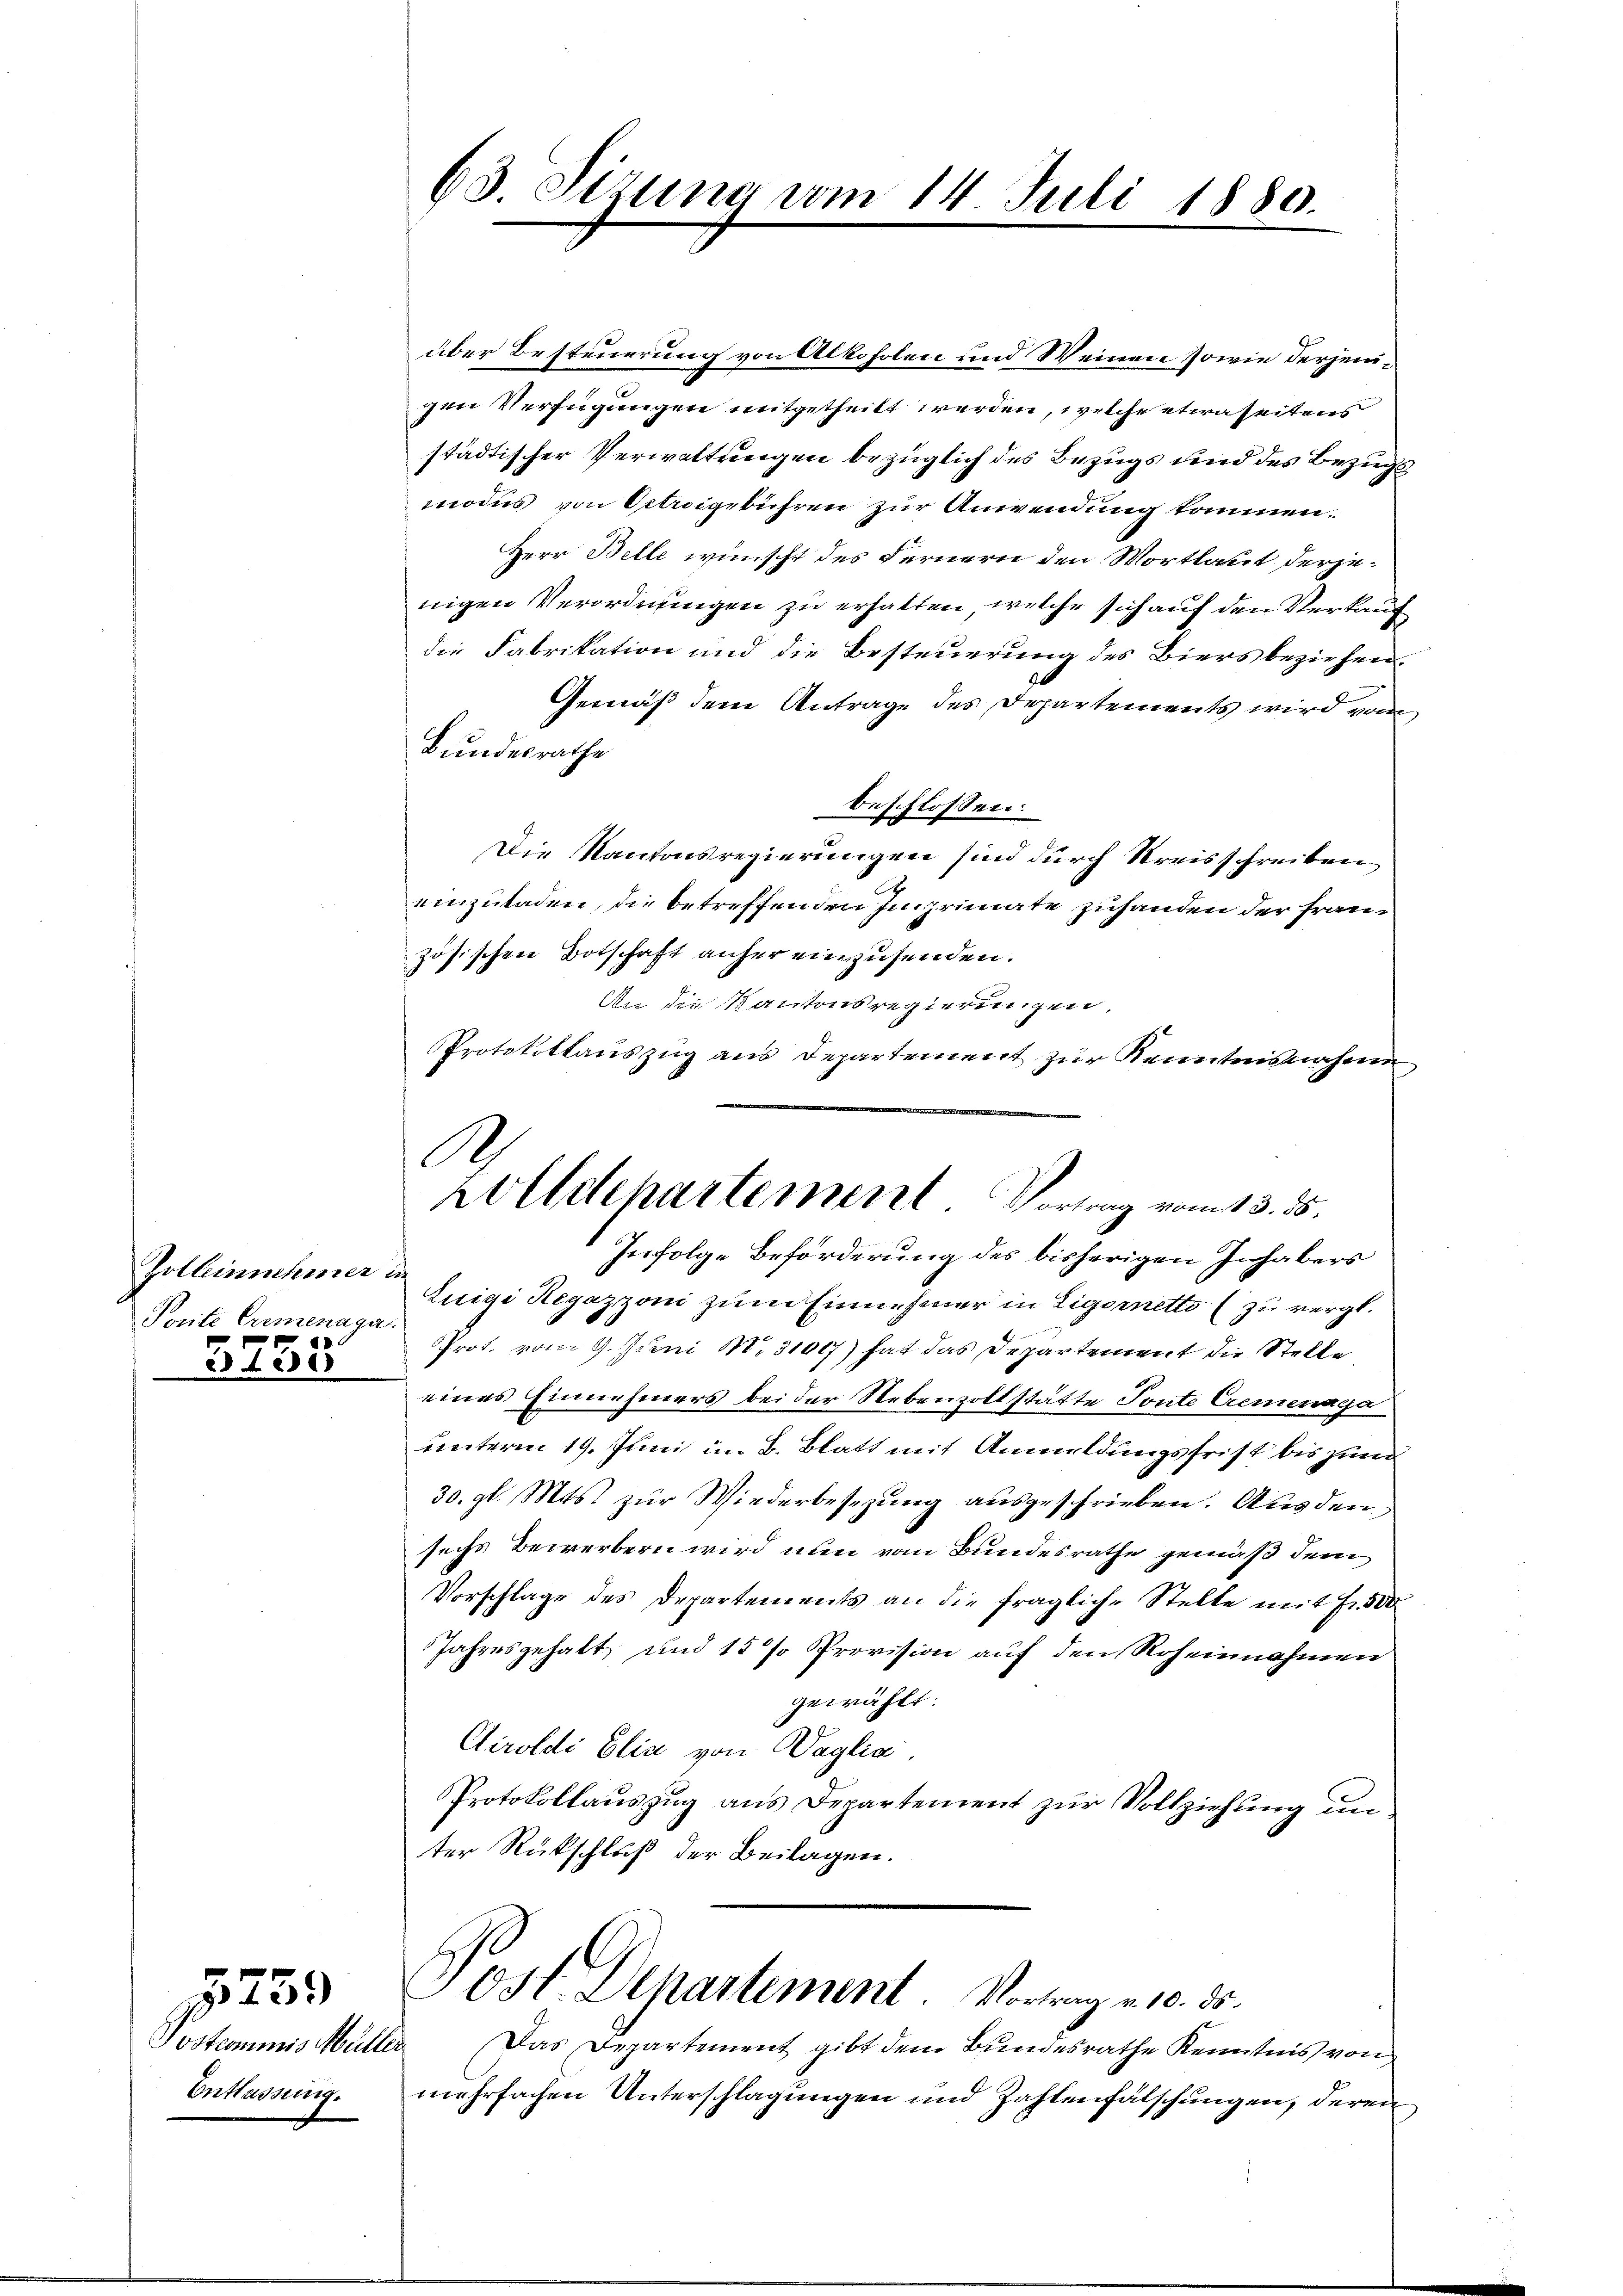
Zolleinnehmer in
Ponte Cremenaga.
x
31015

3235

über Besteuerung von Alkoholen und Weinen sowie derjenigen Verfügungen mitgetheilt werden, welche etwaseitens
städtischer Verwaltungen bezüglich des Bezugs und des Bezugs
modus von Citroigebühren zur Anwendung kommen.
Herr Belle wünscht des Fernern den Wortlaut derjenigen Verordnungen zu erhalten, welche sich auf den Verkauf
die Fabrikation und die Besteuerung des Biers beziehen.
Gemäß dem Antrage des Departements wird vom
Bundesrathe
beschlossen:
Die Kantonsregierungen sind durch Kreisschreiben
einzuladen, die betreffenden Imprimate zuhanden der Französischen Botschaft anher einzusenden.
An die Kantonsregierungen.
Protokottauszug aus Departement zur Kenntnisnahme
Infolge Beförderung des bisherigen Inhabers
Luigi Regazzoni zum Einnehmer in Ligernetto (zu vergl.
PProt. vom 9. Juni 1831017) hat das Departement die Stelle
eines Einnehmers bei der Nebenzollstätte Tonte Cremenga
unterm 19. Juni im B. Blatt mit Anmeldungsfrist bis zum
30. gl. Mts. zur Wiederbesezung ausgeschrieben. Aus den
sechs Bewerbern wird nun vom Bundesrathe gemäß dem
Vorschlage des Departements an die fragliche Stelle mit Fr. 500
Jahresgehalt und 15 % Provision auf den Roheinnahmen
gewählt:
Ctiroldi Elia von Waglia.
Protokollauszug aus Departement zur Vollziehung un
ter Rückschluß der Beilagen.
Post Departement. Vortrag u. 10. 35.
Das Departement gibt dem Bundesrathe Kenntnis von
mehrfachen Unterschlagungen und Zahlenfälschungen, deren

Postemmnis, Müller
Entlassung.

63. Sizung vom 14. Juli 1880.

A
olldchartement Vortrag vom 13. ds.